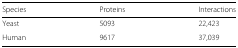
| Species | Proteins | Interactions |
 | --- | --- | --- |
 | Yeast | 5093 | 22,423 |
 | Human | 9617 | 37,039 |